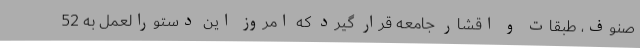
صنوف، طبقات و اقشار جامعه قرار گیرد که امروز این دستورالعمل به 52